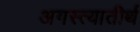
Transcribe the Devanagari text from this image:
अगस्त्यातीर्थ